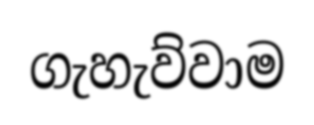
ගැහැව්වාම